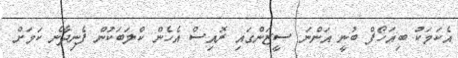
އެކަމަކު ބިއަހޯފް ބުނީ އަންނަ ސީޒަންގައި ރޮއިސް އެހެން ކްލަބަކުން ފެނިދާނެ ކަމަށް